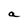
Character: a